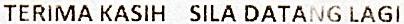
TERIMA KASIH SILA DATANG LAGI